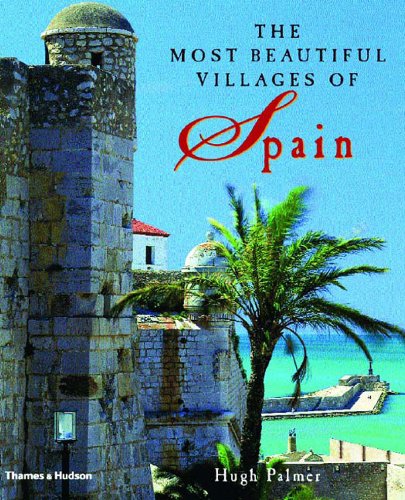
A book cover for The Most Beautiful Villages of Spain; Hugh Palmer; Travel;